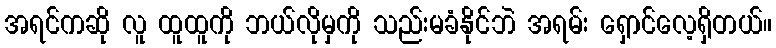
အရင်ကဆို လူ ထူထူကို ဘယ်လိုမှကို သည်းမခံနိုင်ဘဲ အရမ်း ရှောင်လေ့ရှိတယ်။